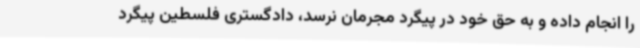
را انجام داده و به حق خود در پیگرد مجرمان نرسد، دادگستری فلسطین پیگرد